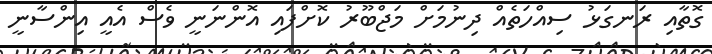
ގޮތާއި ރަނގަޅު ސިއްހަތެއް ދިނުމަށް މަޖްބޫރު ކޮށްފައި އޮންނަނީ ވެސް އެއީ އިންސާނީ